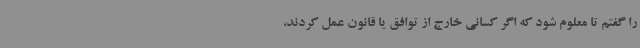
را گفتم تا معلوم شود که اگر کسانی خارج از توافق یا قانون عمل کردند،